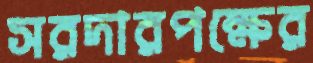
সরদারপক্ষের